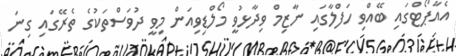
އެއާޕޯޓްގައި ބޭއްވި ހަފްލާގައި ނާޒިމް ވިދާޅުވީ މޯލްޑިވިއަން މިވީ ދުވަސްތަކުގެ ތެރޭގައި ގިނަ